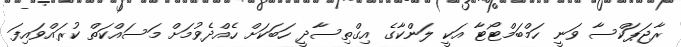
ރާޖަޕަކްސާ ވަނީ ހަމްބަމްޓޯޓާ އަކީ ލަންކާގެ އިގްތިސާދީ ހަބަކަށް ހެއްދެވުމަށް މަސައްކަތް ކުރައްވައިފަ